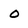
Character: o